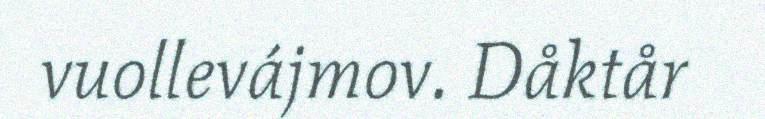
vuollevájmov. Dåktår